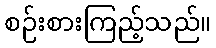
စဉ်းစားကြည့်သည်။